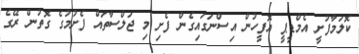
ކޮލަމާފުށީ އެމްޑީޕީ އޮފީހުން އިސްނަގައިގެން ފެށި މި ޖަލްސާތައް ފެށުމުގެ ގޮތުން ރޭގެ